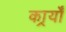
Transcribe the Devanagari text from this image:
कार्र्यों